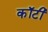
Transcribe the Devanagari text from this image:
कॉटी